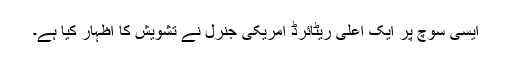
ایسی سوچ پر ایک اعلیٰ ریٹائرڈ امریکی جنرل نے تشویش کا اظہار کیا ہے۔